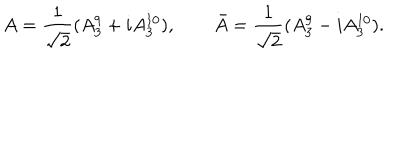
A = { \frac { 1 } { \sqrt 2 } } ( A _ { 3 } ^ { 9 } + i A _ { 3 } ^ { 1 0 } ) , \qquad \bar { A } = { \frac { 1 } { \sqrt 2 } } ( A _ { 3 } ^ { 9 } - i A _ { 3 } ^ { 1 0 } ) .